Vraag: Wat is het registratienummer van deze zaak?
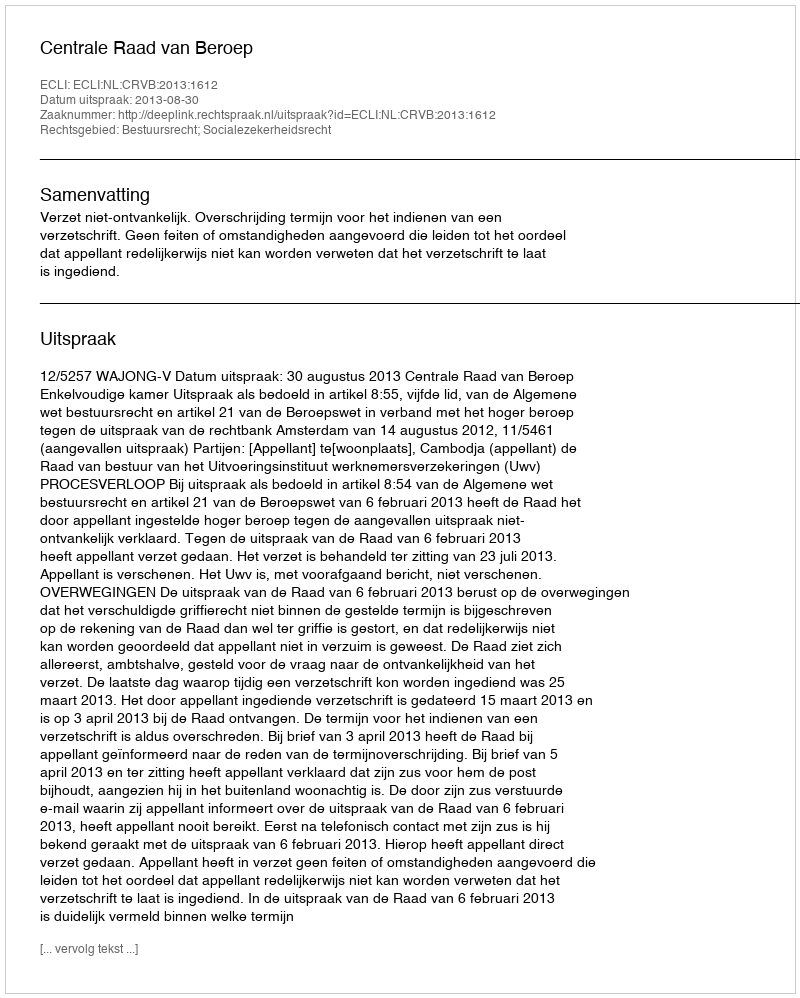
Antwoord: http://deeplink.rechtspraak.nl/uitspraak?id=ECLI:NL:CRVB:2013:1612